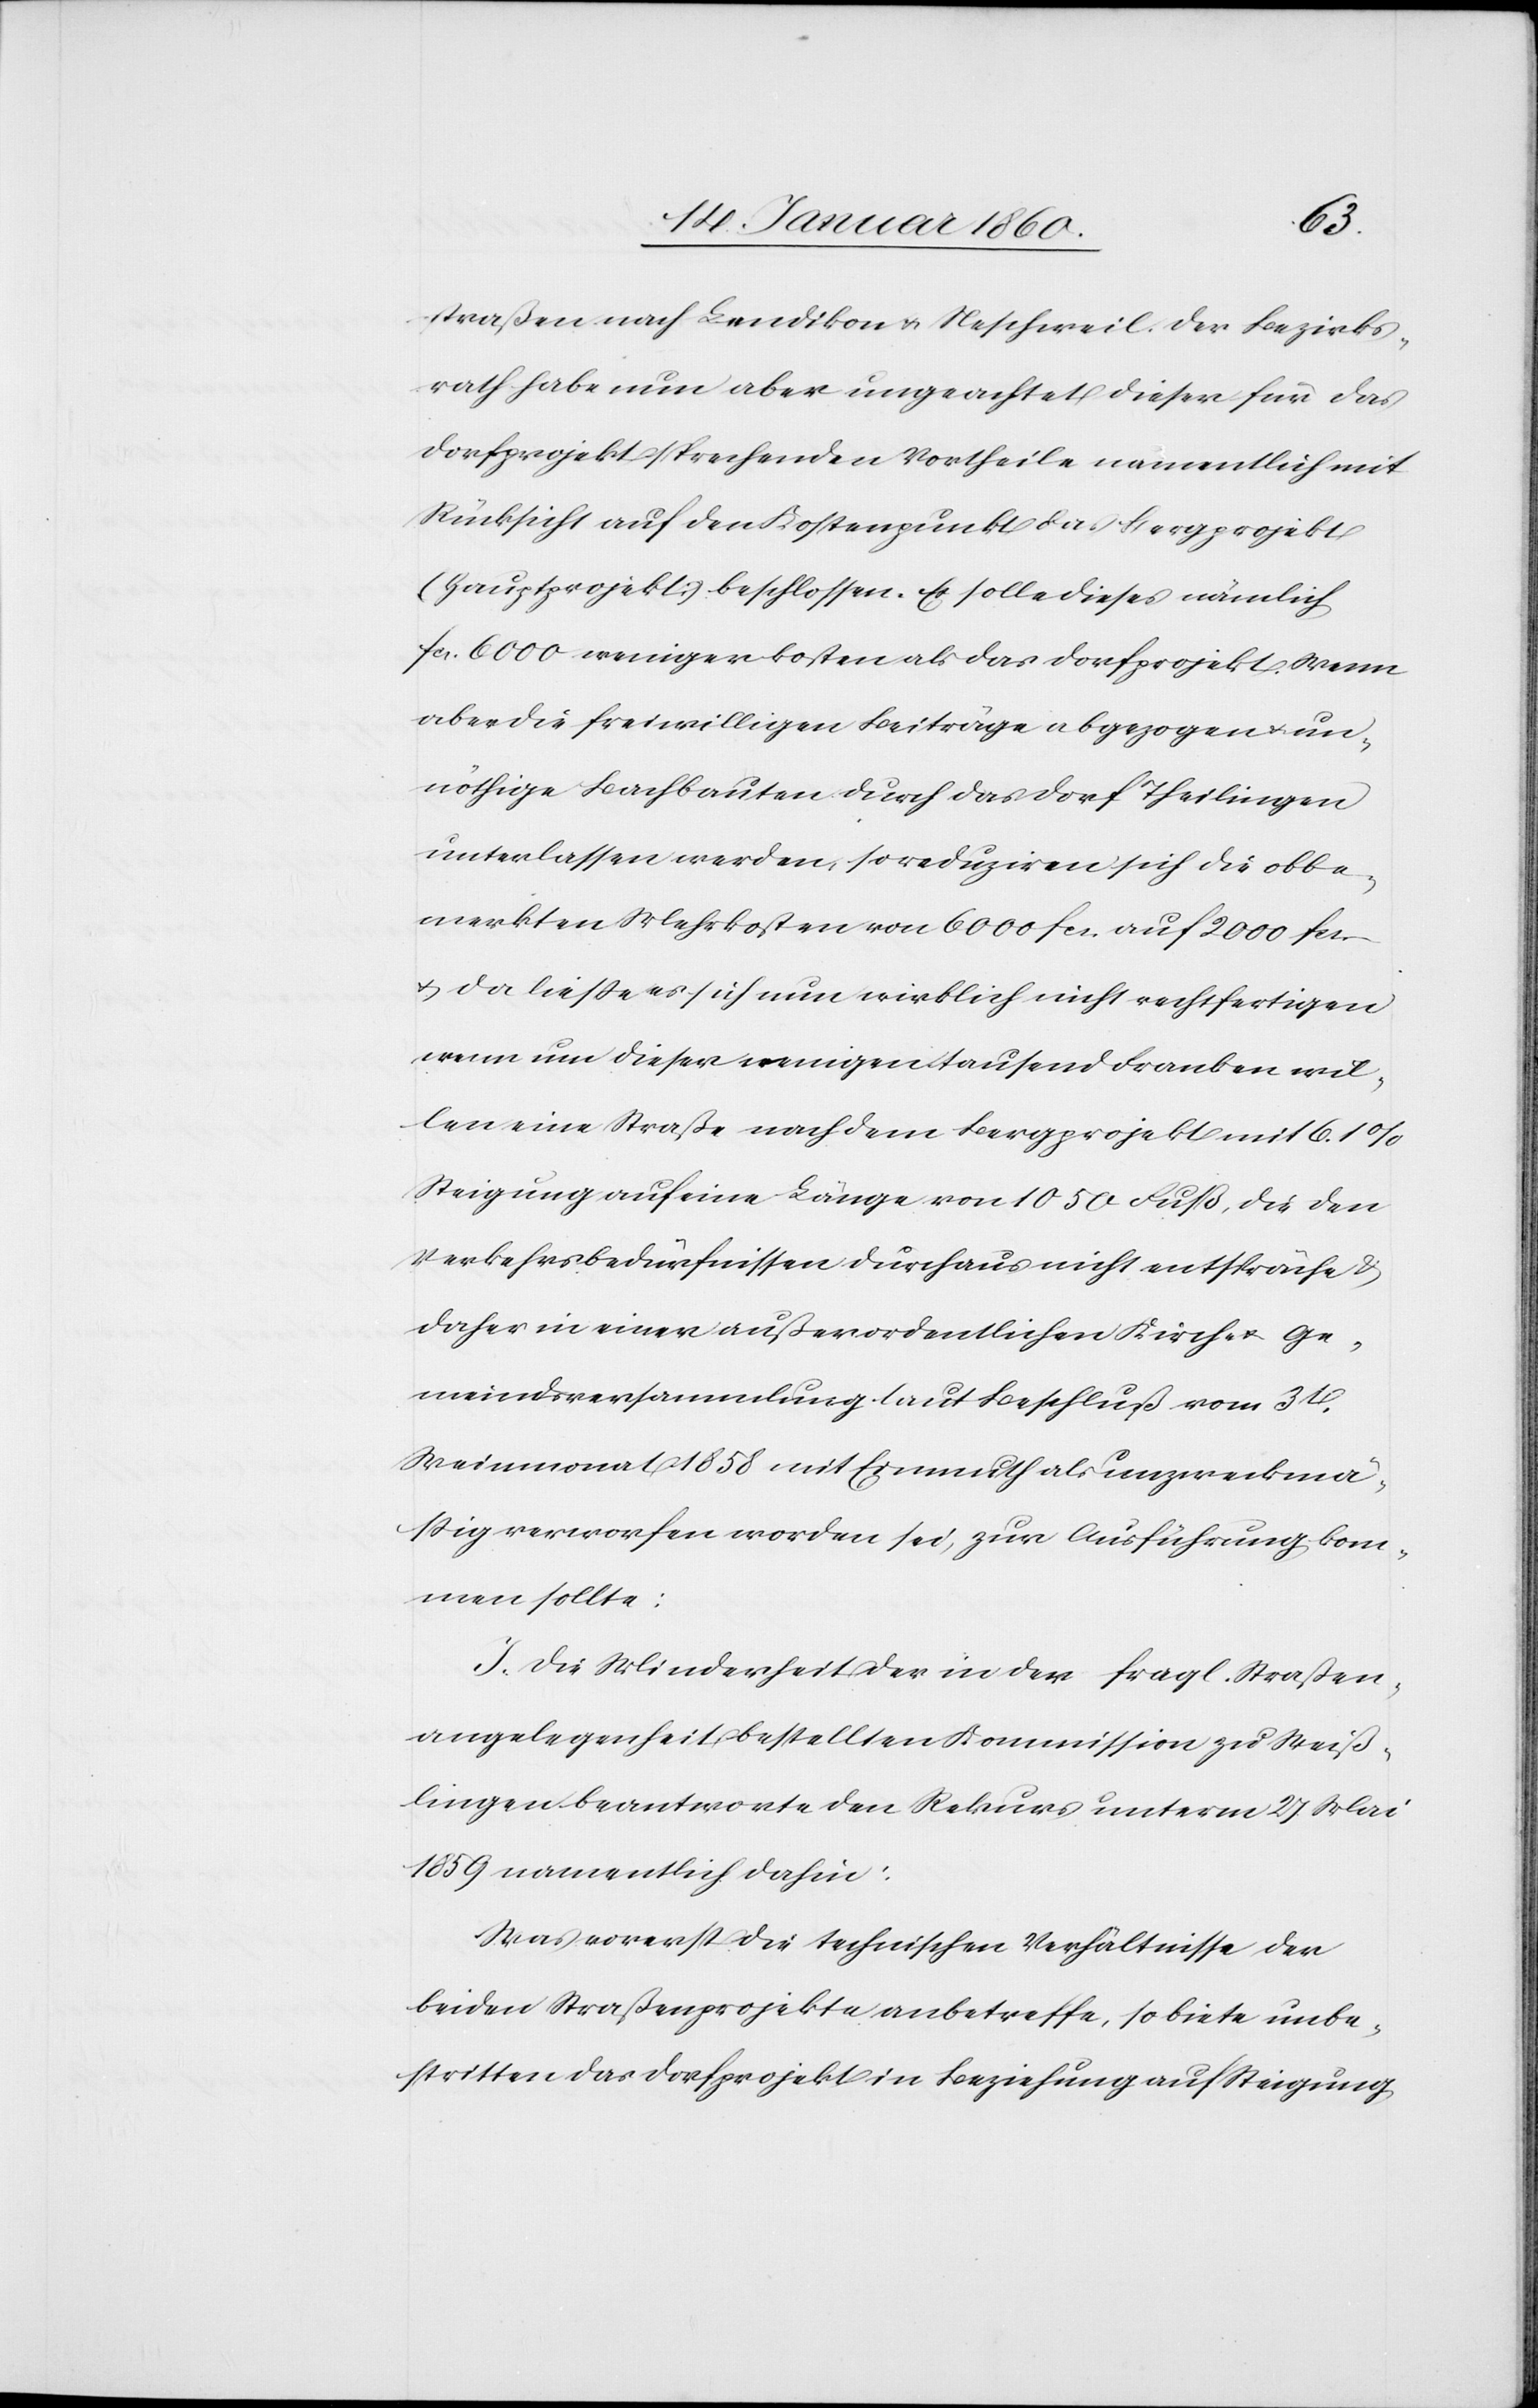
straßen nach Bendikon u. Neschweil. Der Bezirks¬
rath habe nun aber ungeachtet dieser für das
Dorfprojekt sprechenden Vortheile namentlich mit
Rücksicht auf den Kostenpunkt das Bergprojekt
(Hauptprojekt) beschlossen. Es solle dieses nämlich
fcs. 6000 weniger kosten als das Dorfprojekt. Wenn
aber die freiwilligen Beiträge abgezogen u. un¬
nöthige Bachbauten durch das Dorf Theilingen
unterlassen werden, so reduziren sich die obbe¬
merkten Mehrkosten von 6000. fcs. auf 2000. fcs.
u. da lasse es sich nun wirklich nicht rechtfertigen
wenn nur dieser wenigen tausend Franken wil¬
len eine Straße nach dem Bergprojekte mit 6.1
Steigung auf eine Länge von 1050 Fuß, die den
Verkehrsbedürfnissen durchaus nicht entspräche u.
daher in einer außerordentlichen Kirch- u. Ge¬
meindsversammlung laut Beschluß vom 31.
Weinmonat 1858 mit Einmuth als unzweckmä¬
ßig verworfen worden sei, zur Ausführung kom¬
men sollte:
I. Die Minderheit der in der fragl. Straßen¬
angelegenheit bestellten Kommission zu Weiß¬
lingen beantworte den Rekurs unterm 27. Mai
1859 namentlich dahin:
Was vorerst die technischen Verhältnisse der
beiden Straßenprojekte anbetreffe, so biete unbe¬
stritten das Dorfprojekt in Beziehung auf Steigung